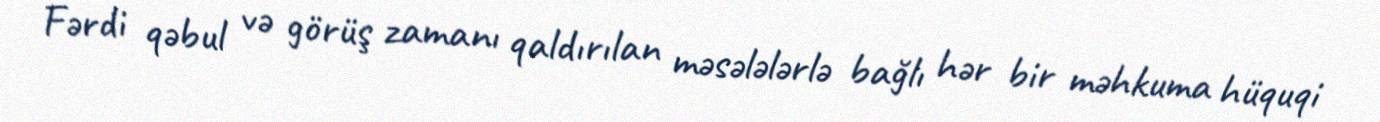
Fərdi qəbul və görüş zamanı qaldırılan məsələlərlə bağlı hər bir məhkuma hüquqi